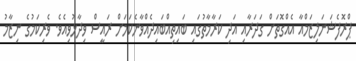
ޕްރޮފެޝަނަލިޒަމްއާ އެއްގޮތަށް ގަދަރާއި އަދި ކަރާމާތުގައި ބައިތިއްބައިދެއްވާނެކަމަށް ރައީސް ވިދާޅުވިއެވެ. ވެރިކަމުގެ ނިޒާމު